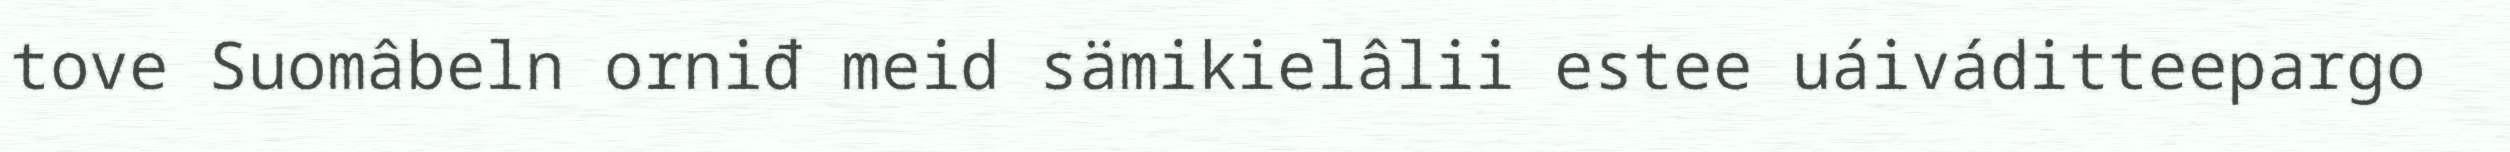
tove Suomâbeln orniđ meid sämikielâlii estee uáiváditteepargo